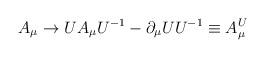
LaTeX: \begin{align*}A_\mu \rightarrow UA_\mu U^{-1} - \partial_\mu U U^{-1} \equiv A^U_\mu\end{align*}